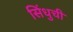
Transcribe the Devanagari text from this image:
सिंधुची